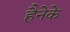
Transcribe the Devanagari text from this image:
हैनेके